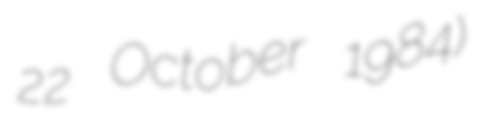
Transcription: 22 October 1984)